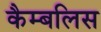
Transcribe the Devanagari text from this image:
कैम्बलिस